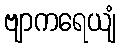
ဗျာကရေယျံ